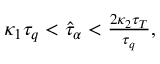
\begin{array} { r } { \kappa _ { 1 } \tau _ { q } < \hat { \tau } _ { \alpha } < \frac { 2 \kappa _ { 2 } \tau _ { T } } { \tau _ { q } } , } \end{array}